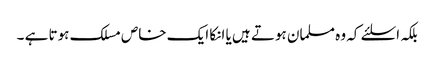
بلکہ اسلئے کہ وہ مسلمان ہوتے ہیں یا انکا ایک خاص مسلک ہوتا ہے ۔